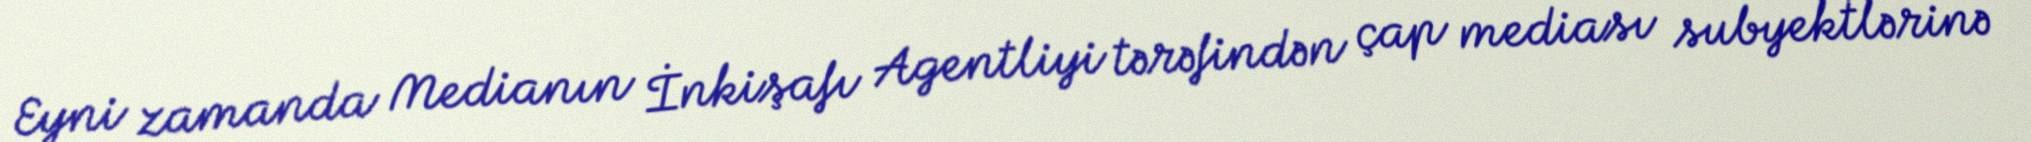
Eyni zamanda Medianın İnkişafı Agentliyi tərəfindən çap mediası subyektlərinə